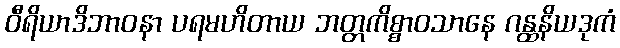
ဝီရိယာဒိဘာဝနာ ပရမဟိတာယ ဘတ္တကိစ္စာဝသာနေ ဂန္ထနိယဒုကံ